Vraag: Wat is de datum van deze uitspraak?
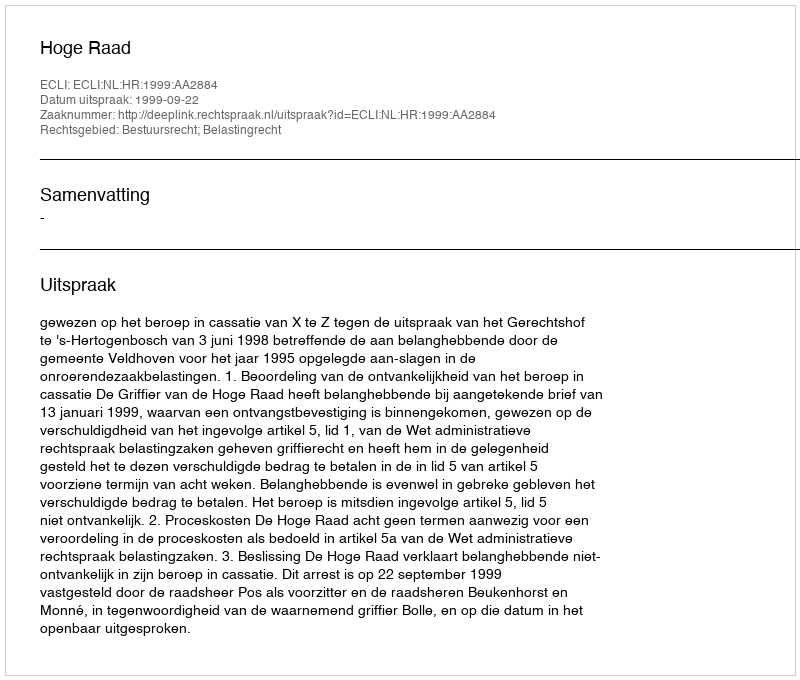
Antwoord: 1999-09-22